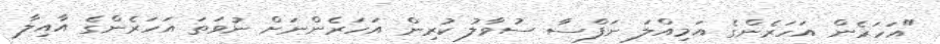
"އަހަރެން އަހަރެންގެ އަމިއްލަ ނަފްސާ ސުވާލު ކުރިން އަހަރެންނަށް ނުވަތަ އަހަރެންގެ އާއިލާ